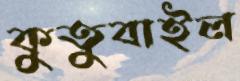
কুতুবাইল